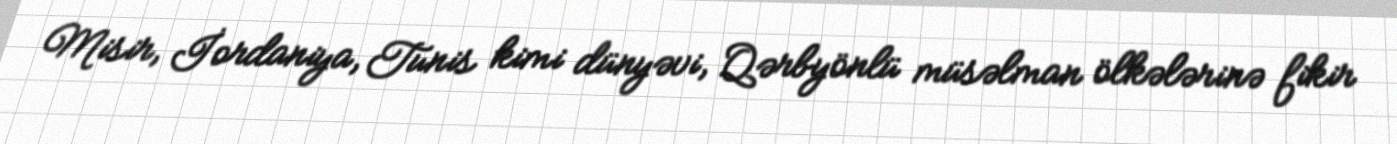
Misir, İordaniya, Tunis kimi dünyəvi, Qərbyönlü müsəlman ölkələrinə fikir